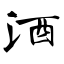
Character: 酒